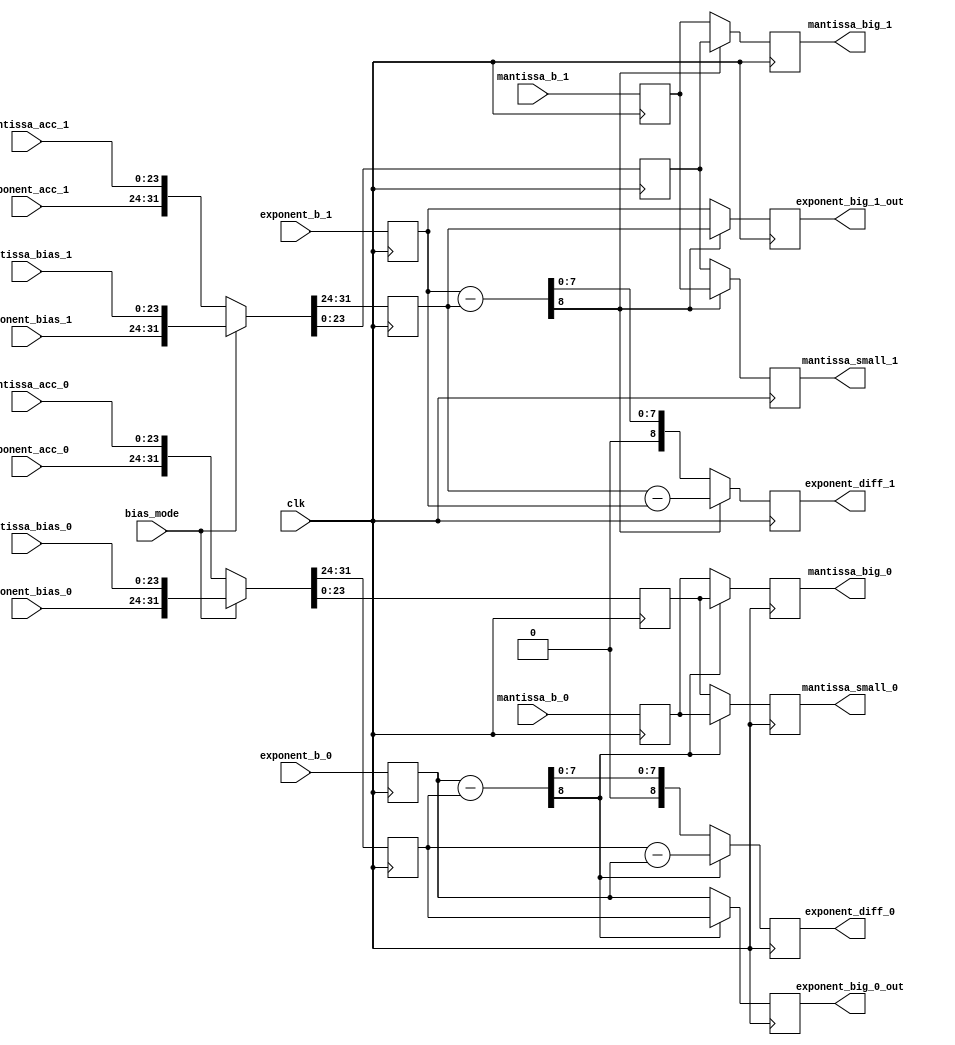
`timescale 1ns / 1ps
//////////////////////////////////////////////////////////////////////////////////
// 
// Design Name: 
// Module Name: fp32_adder_dual_compare_stage
// Project Name: 
// Target Devices: 
// Tool Versions: 
// Description: 
// 
// Dependencies: 
// 
// Revision:
// Revision 0.01 - File Created
// Additional Comments:
// 
//////////////////////////////////////////////////////////////////////////////////


module fp32_adder_dual_compare_stage
#(
  parameter EXPONENT_WIDTH = 8,
  parameter MANTISA_WIDTH = 24
) (
  input  wire clk, bias_mode, //controll signal
  input  wire signed [EXPONENT_WIDTH-1:0] exponent_acc_0, exponent_bias_0, exponent_b_0, 
  input  wire signed [EXPONENT_WIDTH-1:0] exponent_acc_1, exponent_bias_1, exponent_b_1, 
  input  wire signed [MANTISA_WIDTH-1:0] mantissa_acc_0, mantissa_bias_0, mantissa_b_0, 
  input  wire signed [MANTISA_WIDTH-1:0] mantissa_acc_1, mantissa_bias_1, mantissa_b_1, 
  
  output reg  signed [EXPONENT_WIDTH:0] exponent_diff_0, exponent_diff_1,
  output reg  signed [EXPONENT_WIDTH-1:0] exponent_big_0_out, exponent_big_1_out,
  output reg  signed [MANTISA_WIDTH-1:0] mantissa_big_0, mantissa_small_0,
  output reg  signed [MANTISA_WIDTH-1:0] mantissa_big_1, mantissa_small_1
);
  wire signed [EXPONENT_WIDTH:0] tmp_exponent_diff_0, tmp_exponent_diff_1;
  reg signed [EXPONENT_WIDTH-1:0] exponent_a_0, exponent_a_1; 
  reg signed [MANTISA_WIDTH-1:0] mantissa_a_0, mantissa_a_1;
  
  reg signed [EXPONENT_WIDTH-1:0] exponent_b_0_reg, exponent_b_1_reg; 
  reg signed [MANTISA_WIDTH-1:0] mantissa_b_0_reg, mantissa_b_1_reg;
  
  always @(posedge clk) 
  begin
    //adder 0
    exponent_diff_0 <= tmp_exponent_diff_0[EXPONENT_WIDTH] ? (exponent_a_0 - exponent_b_0_reg) : tmp_exponent_diff_0;//compare expoent
    exponent_big_0_out <= tmp_exponent_diff_0[EXPONENT_WIDTH] ? exponent_a_0:exponent_b_0_reg;
    mantissa_big_0 <= tmp_exponent_diff_0[EXPONENT_WIDTH] ? mantissa_a_0 : mantissa_b_0_reg;
    mantissa_small_0 <= tmp_exponent_diff_0[EXPONENT_WIDTH] ? mantissa_b_0_reg : mantissa_a_0;
    //adder 1
    exponent_diff_1 <= tmp_exponent_diff_1[EXPONENT_WIDTH] ? (exponent_a_1 - exponent_b_1_reg) : tmp_exponent_diff_1;//compare expoent
    exponent_big_1_out <= tmp_exponent_diff_1[EXPONENT_WIDTH] ? exponent_a_1:exponent_b_1_reg;
    mantissa_big_1 <= tmp_exponent_diff_1[EXPONENT_WIDTH] ? mantissa_a_1 : mantissa_b_1_reg;
    mantissa_small_1 <= tmp_exponent_diff_1[EXPONENT_WIDTH] ? mantissa_b_1_reg : mantissa_a_1;
    
    {exponent_a_0, mantissa_a_0} <= bias_mode ? {exponent_bias_0, mantissa_bias_0} : {exponent_acc_0, mantissa_acc_0};
    {exponent_a_1, mantissa_a_1} <= bias_mode ? {exponent_bias_1, mantissa_bias_1} : {exponent_acc_1, mantissa_acc_1};
    
    {exponent_b_0_reg, mantissa_b_0_reg} <= {exponent_b_0, mantissa_b_0};
    {exponent_b_1_reg, mantissa_b_1_reg} <= {exponent_b_1, mantissa_b_1};
  end
  assign tmp_exponent_diff_0 = exponent_b_0_reg - exponent_a_0;
  assign tmp_exponent_diff_1 = exponent_b_1_reg - exponent_a_1;
endmodule